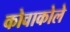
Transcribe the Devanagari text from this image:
कोवाकोले